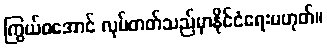
ကြွယ်ဝအောင် လုပ်တတ်သည်မှာနိုင်ငံရေးမဟုတ်။